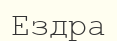
Ездра